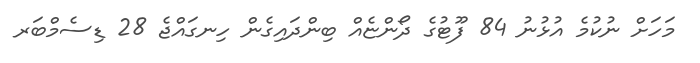
މަހަށް ނުކުމެ އުޅުނު 84 ފޫޓުގެ ދޯންޏެއް ބިންދައިގެން ހިނގައްޖެ 28 ޑިސެމްބަރ